Problem: 9 × 8 = ?
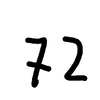
Handwritten answer: 72